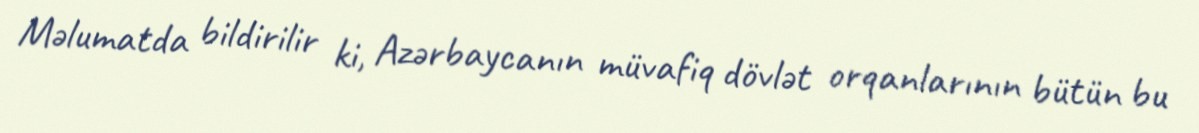
Məlumatda bildirilir ki, Azərbaycanın müvafiq dövlət orqanlarının bütün bu